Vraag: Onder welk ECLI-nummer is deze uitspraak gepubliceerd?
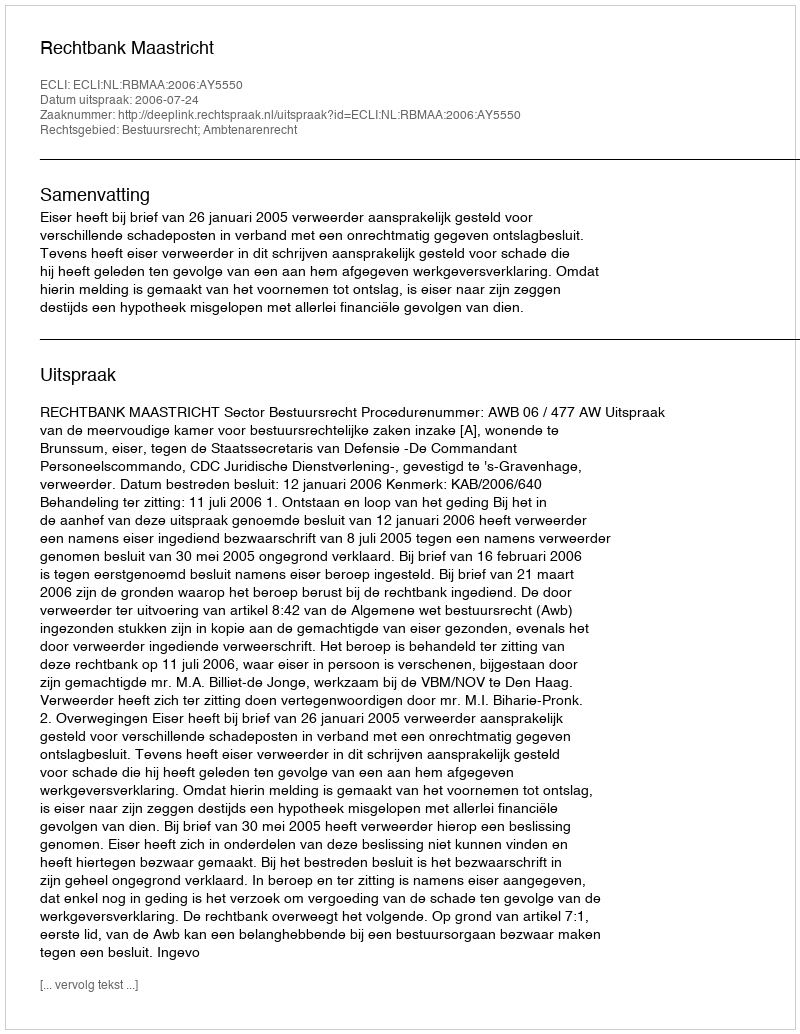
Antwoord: ECLI:NL:RBMAA:2006:AY5550